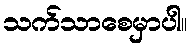
သက်သာစေမှာပါ။